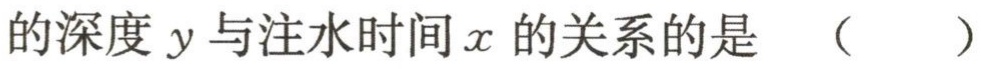
的深度 \(y\) 与注水时间 \(x\) 的关系的是 （  ）